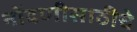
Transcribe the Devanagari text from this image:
नोंदणीसाठीचे